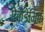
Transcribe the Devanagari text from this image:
ऐकेडेमिक